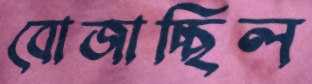
বোজাচ্ছিল